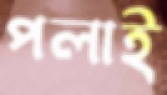
পলাই